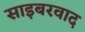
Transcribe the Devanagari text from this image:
साइबरवाद